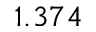
1 . 3 7 4